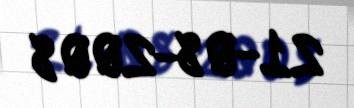
21-08-2008